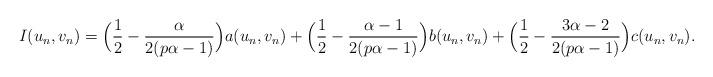
LaTeX: \begin{align*}I(u_{n},v_{n})=\Big(\frac{1}{2}-\frac{\alpha}{2(p\alpha-1)}\Big)a(u_{n},v_{n})+\Big(\frac{1}{2}-\frac{\alpha-1}{2(p\alpha-1)}\Big)b(u_{n},v_{n})+\Big(\frac{1}{2}-\frac{3\alpha-2}{2(p\alpha-1)}\Big)c(u_{n},v_{n}).\end{align*}